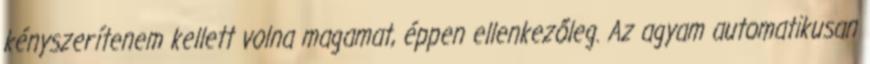
kényszerítenem kellett volna magamat, éppen ellenkezőleg. Az agyam automatikusan